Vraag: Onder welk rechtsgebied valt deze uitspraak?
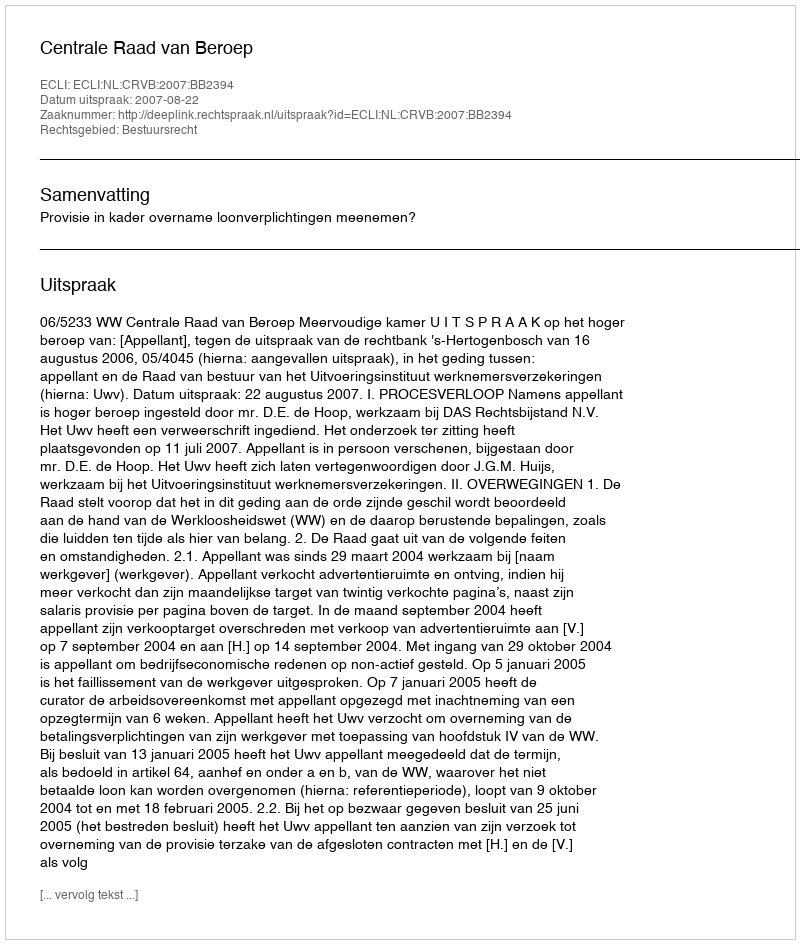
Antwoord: Bestuursrecht